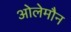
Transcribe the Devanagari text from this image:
ओलेमौन